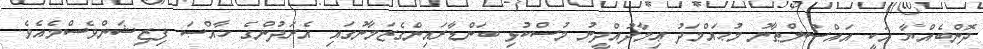
ދޮންބެއްޔާ އަކީ އައްސުލްޠާނު މުޙައްމަދު ޢިމާދުއްދީނު މުސްކުޅި ބަންޑާރައިންގެޒަމާނުގައި އެރަދުންގެ ޚާއްޞަ ފިޒިޝަންވެސްމެއެވެ.